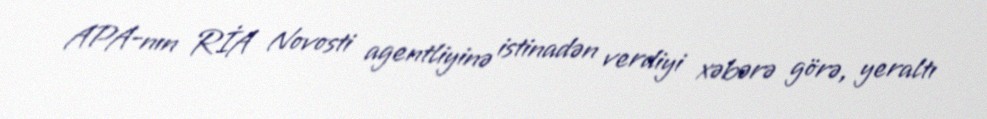
APA-nın RİA Novosti agentliyinə istinadən verdiyi xəbərə görə, yeraltı